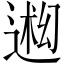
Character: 𬨳